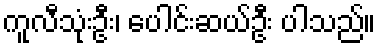
ကူလီသုံးဦး၊ ပေါင်းဆယ်ဦး ပါသည်။